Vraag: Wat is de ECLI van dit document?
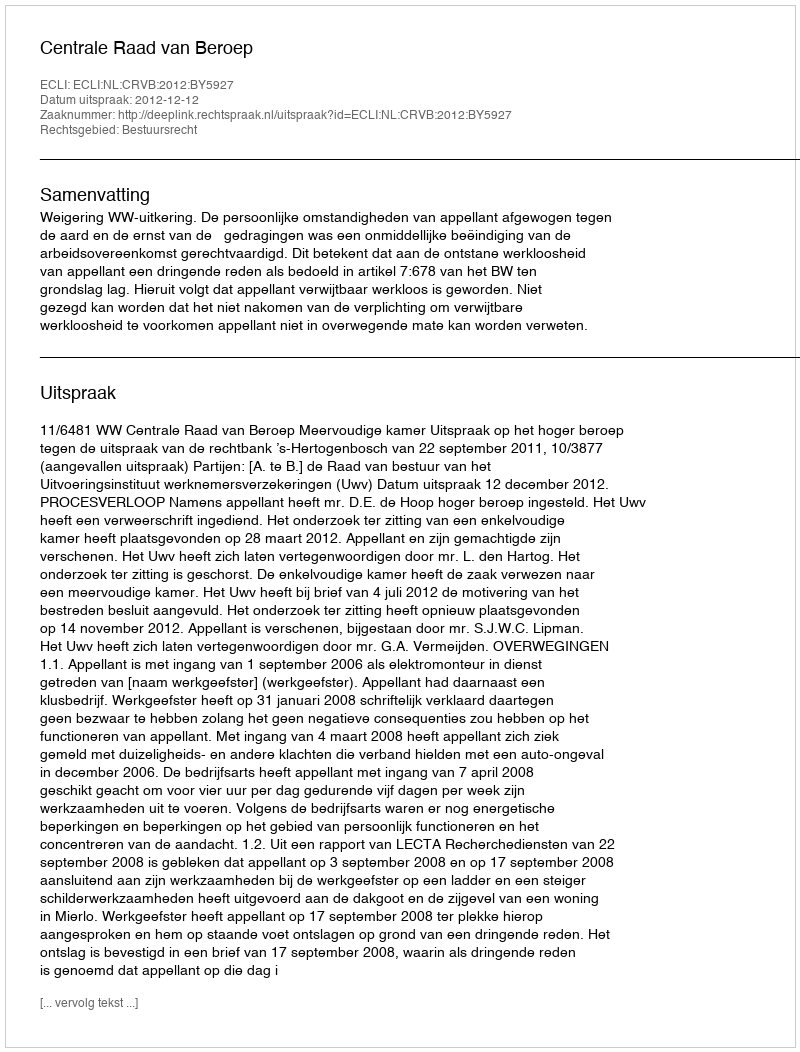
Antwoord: ECLI:NL:CRVB:2012:BY5927